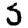
Digit: 5